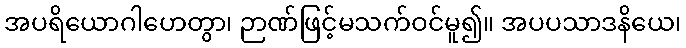
အပရိယောဂါဟေတွာ၊ ဉာဏ်ဖြင့်မသက်ဝင်မူ၍။ အပပသာဒနိယေ၊